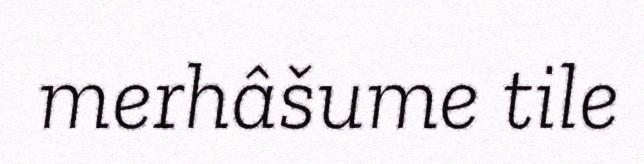
merhâšume tile